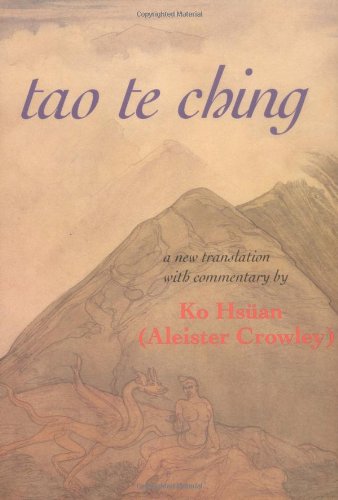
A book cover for Tao Te Ching: Liber 157 (The Equinox, Vol. 3, No. 8); Aleister Crowley; Religion & Spirituality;